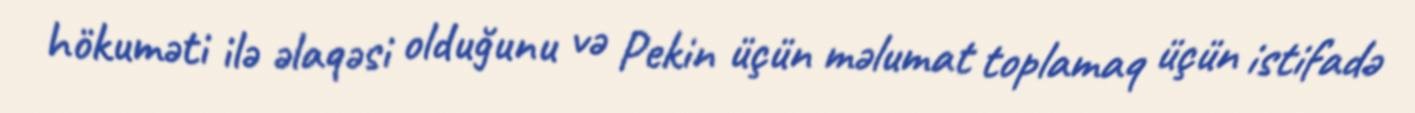
hökuməti ilə əlaqəsi olduğunu və Pekin üçün məlumat toplamaq üçün istifadə